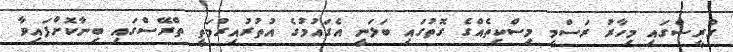
ގްރީސްގައި މިހާރު ރަސްމީ މިސްކިތެއްގެ ގޮތުގައި ބަލަނީ އެގައުމުގެ އުތުރުއިރުމަތީ ތްރޭސްގައި ބިނާކޮށްފައިވާ